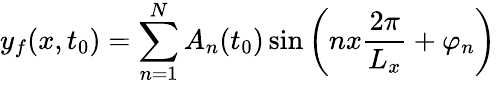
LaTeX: y_{f}(x,t_{0})=\sum_{n=1}^{N}A_{n}(t_{0})\sin\left(nx\frac{2\pi}{L_{x}}+\varphi_{n}\right)